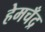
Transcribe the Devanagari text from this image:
हेमचँद्र